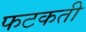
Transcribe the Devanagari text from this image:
फटकती